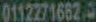
01122716625